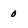
Character: 0